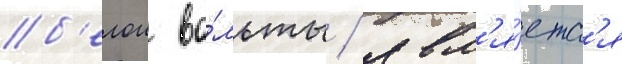
б'елои во́льты / явл'я́етс'я